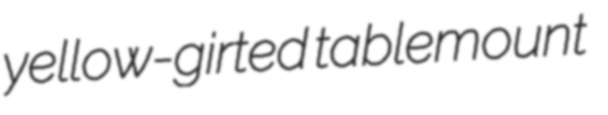
yellow-girted tablemount